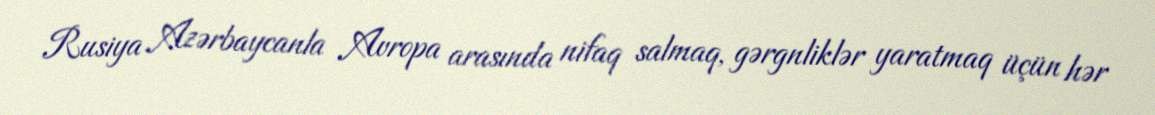
Rusiya Azərbaycanla Avropa arasında nifaq salmaq, gərgnliklər yaratmaq üçün hər